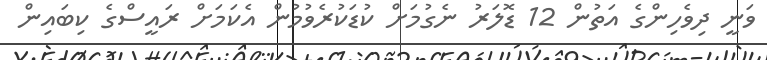
ވަނީ ދިވެހިންގެ އަތުން 12 ޑޮލަރު ނެގުމަށް ކުޑަކުރެވުމުން އެކަމަށް ރައީސްގެ ކިބައިން